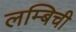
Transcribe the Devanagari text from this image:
लम्बिची